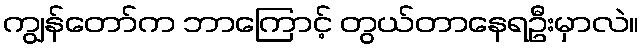
ကျွန်တော်က ဘာကြောင့် တွယ်တာနေရဦးမှာလဲ။